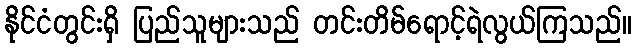
နိုင်ငံတွင်းရှိ ပြည်သူများသည် တင်းတိမ်ရောင့်ရဲလွယ်ကြသည်။